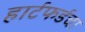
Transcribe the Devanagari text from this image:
हार्टफर्डचा